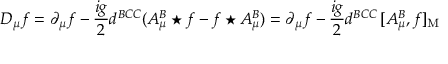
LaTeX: D _ { \mu } f = \partial _ { \mu } f - { \frac { i g } { 2 } } d ^ { B C C } ( A _ { \mu } ^ { B } \star f - f \star A _ { \mu } ^ { B } ) = \partial _ { \mu } f - { \frac { i g } { 2 } } d ^ { B C C } \, [ A _ { \mu } ^ { B } , f ] _ { \mathrm { M } }